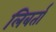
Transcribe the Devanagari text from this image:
लिबर्ता